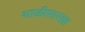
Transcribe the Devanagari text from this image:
थाळीसारखा